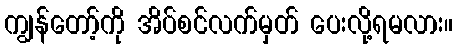
ကျွန်တော့်ကို အိပ်စင်လက်မှတ် ပေးလို့ရမလား။